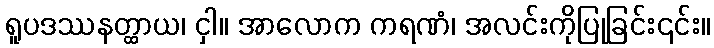
ရူပဒဿနတ္ထာယ၊ ငှါ။ အာလောက ကရဏံ၊ အလင်းကိုပြုခြင်း၎င်း။